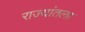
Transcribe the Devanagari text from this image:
राज्यांतला